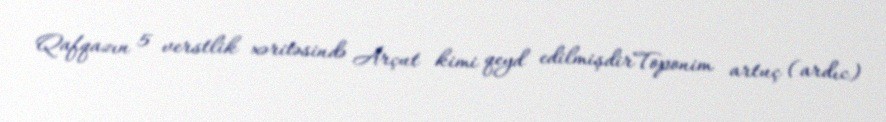
Qafqazın 5 verstlik xəritəsində Arçut kimi qeyd edilmişdirToponim artuç (ardıc)